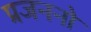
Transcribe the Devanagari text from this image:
प्रजननो